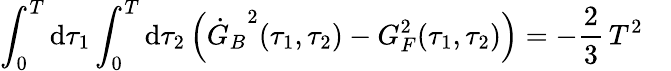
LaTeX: \int_{0}^{T}\mathrm{d}\tau_{1}\int_{0}^{T}\mathrm{d}\tau_{2}\, \Bigl({\dot{{G}}_{B}}^{2}(\tau_{1},\tau_{2})-G_{F}^{2}(\tau_{1},\tau_{2})\Bigr)=-{\frac{{2}}{{3}}}\, T^{2}\quad